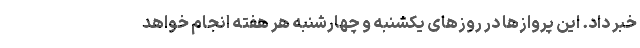
خبر داد. این پروازها در روزهای یکشنبه و چهارشنبه هر هفته انجام خواهد